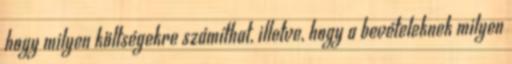
hogy milyen költségekre számíthat, illetve, hogy a bevételeknek milyen